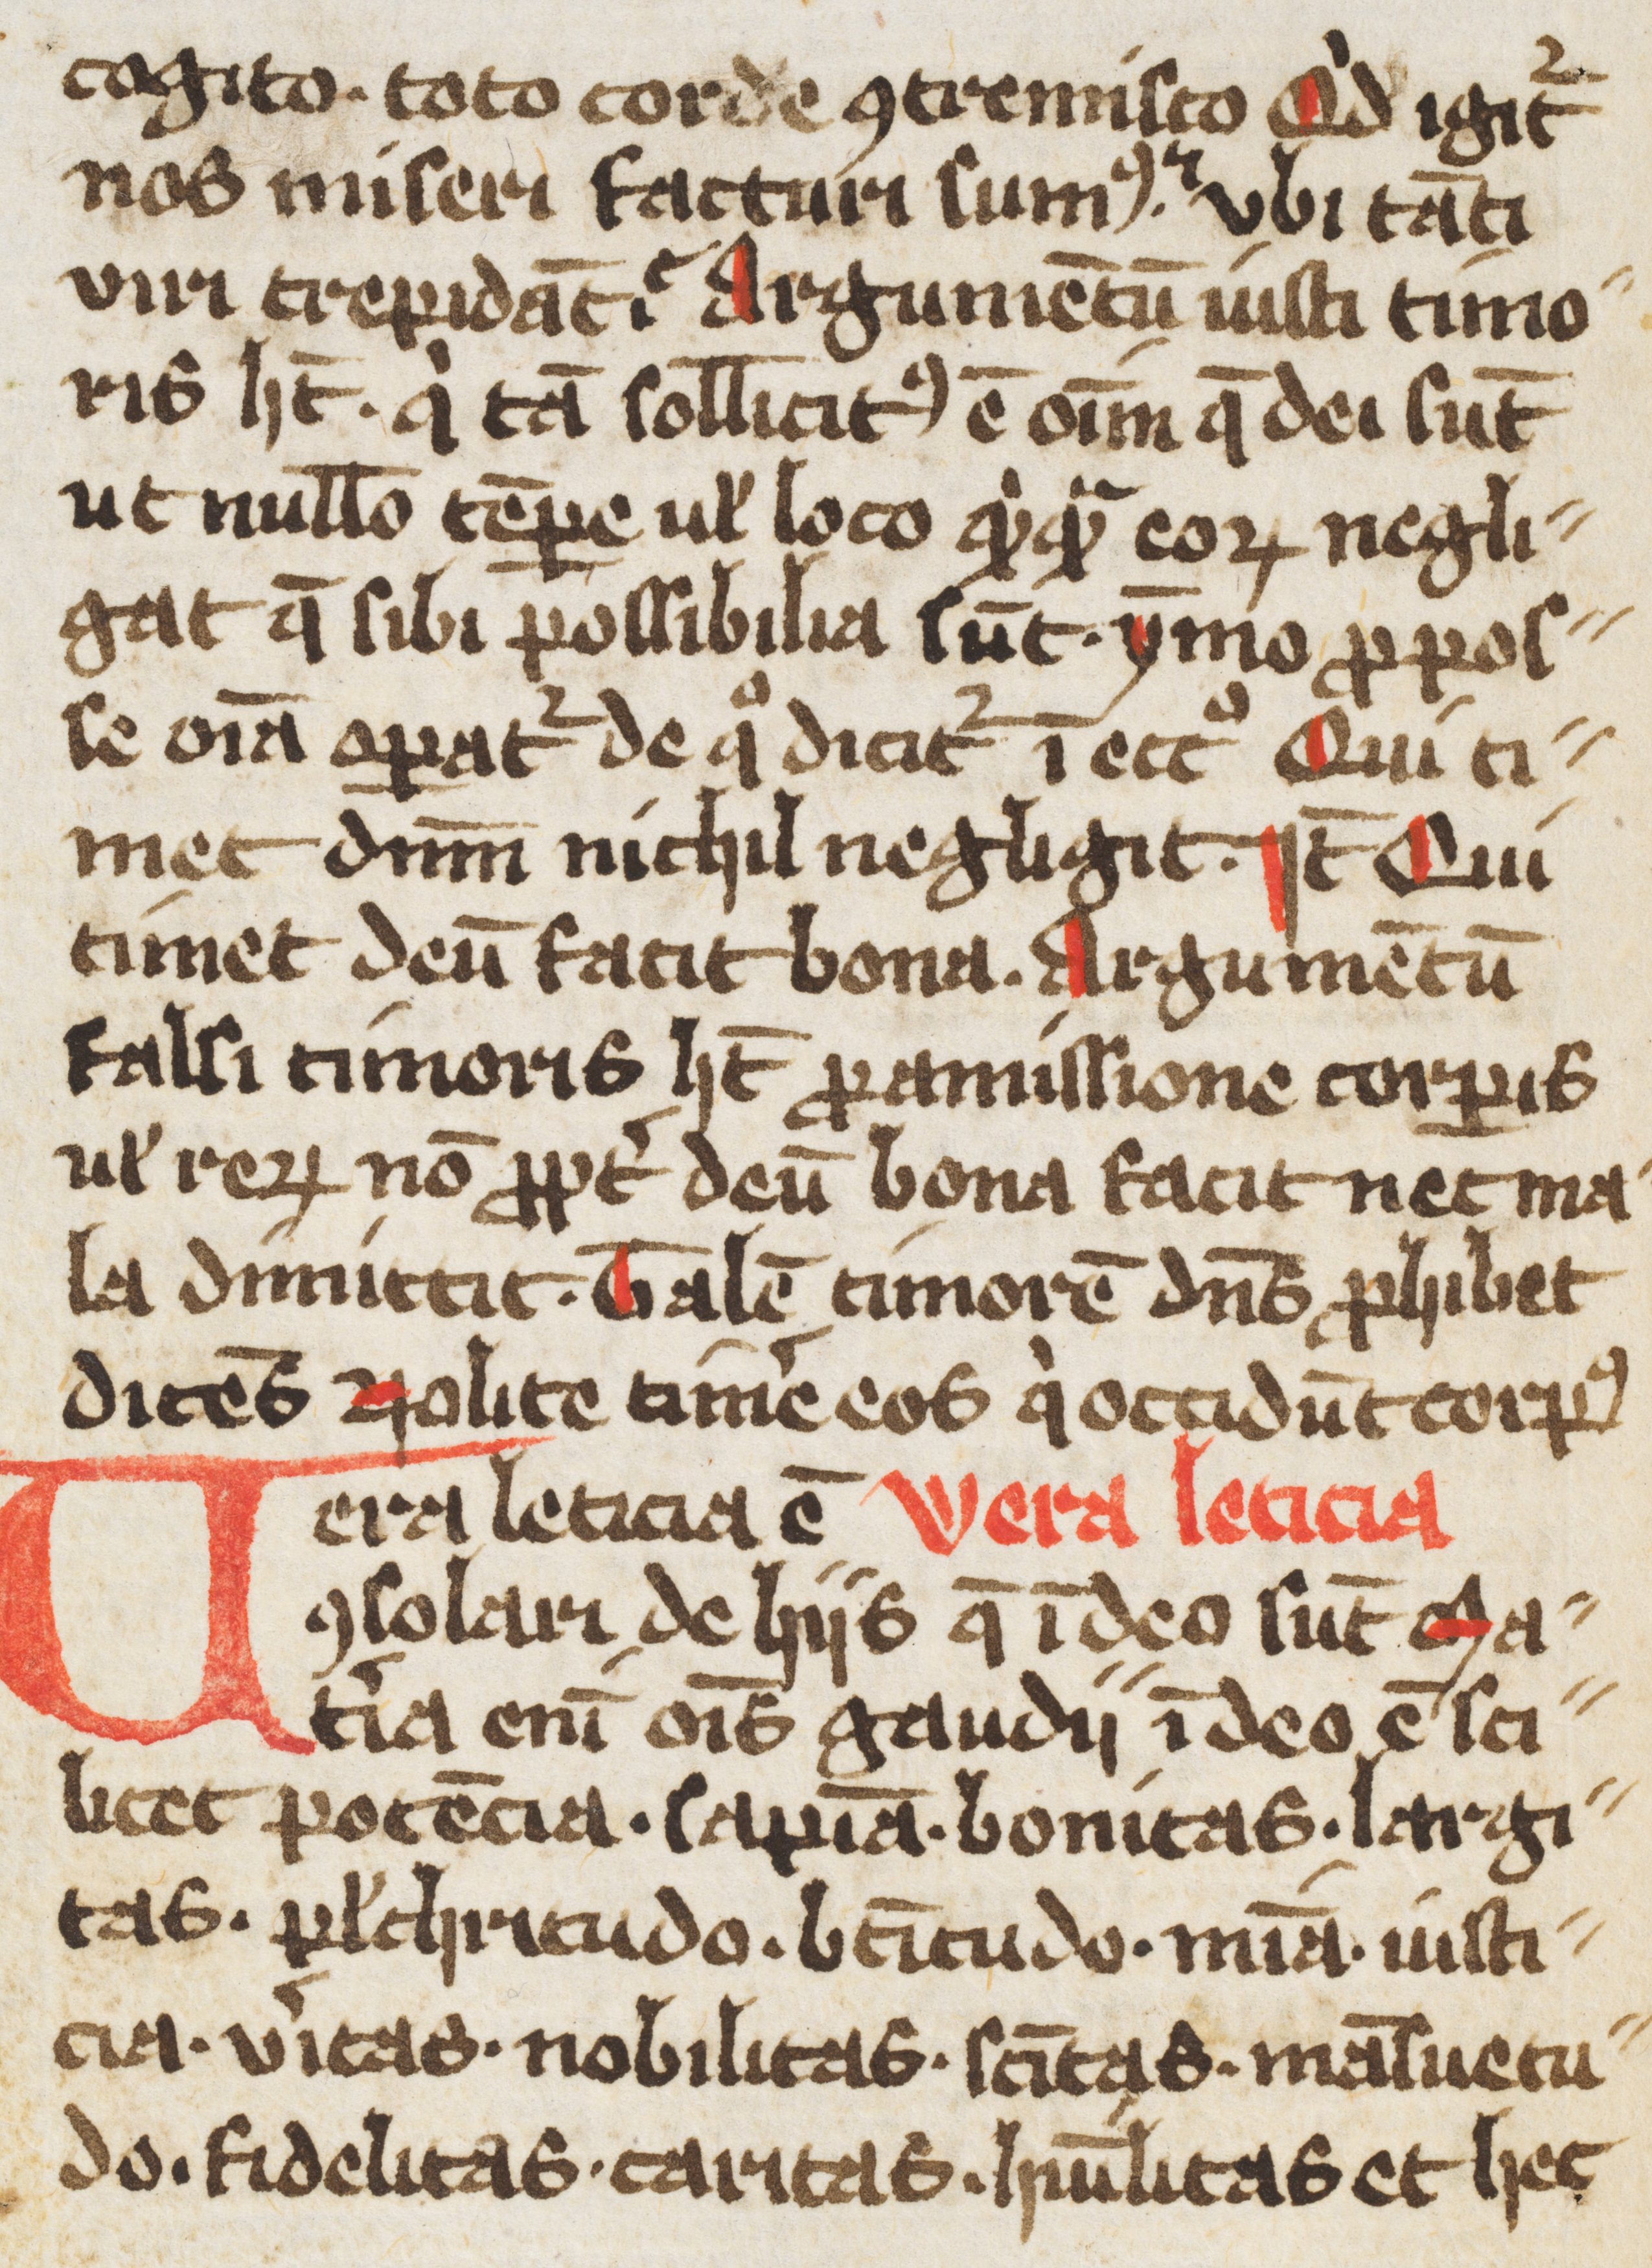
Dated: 1400–1499